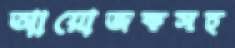
আয়োজকসহ